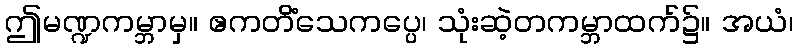
ဤမဏ္ဍကမ္ဘာမှ။ ဧကတိံသေကပ္ပေ၊ သုံးဆဲ့တကမ္ဘာထက်၌။ အယံ၊